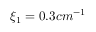
\xi _ { 1 } = 0 . 3 c m ^ { - 1 }